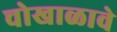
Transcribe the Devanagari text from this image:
चोखाळावे